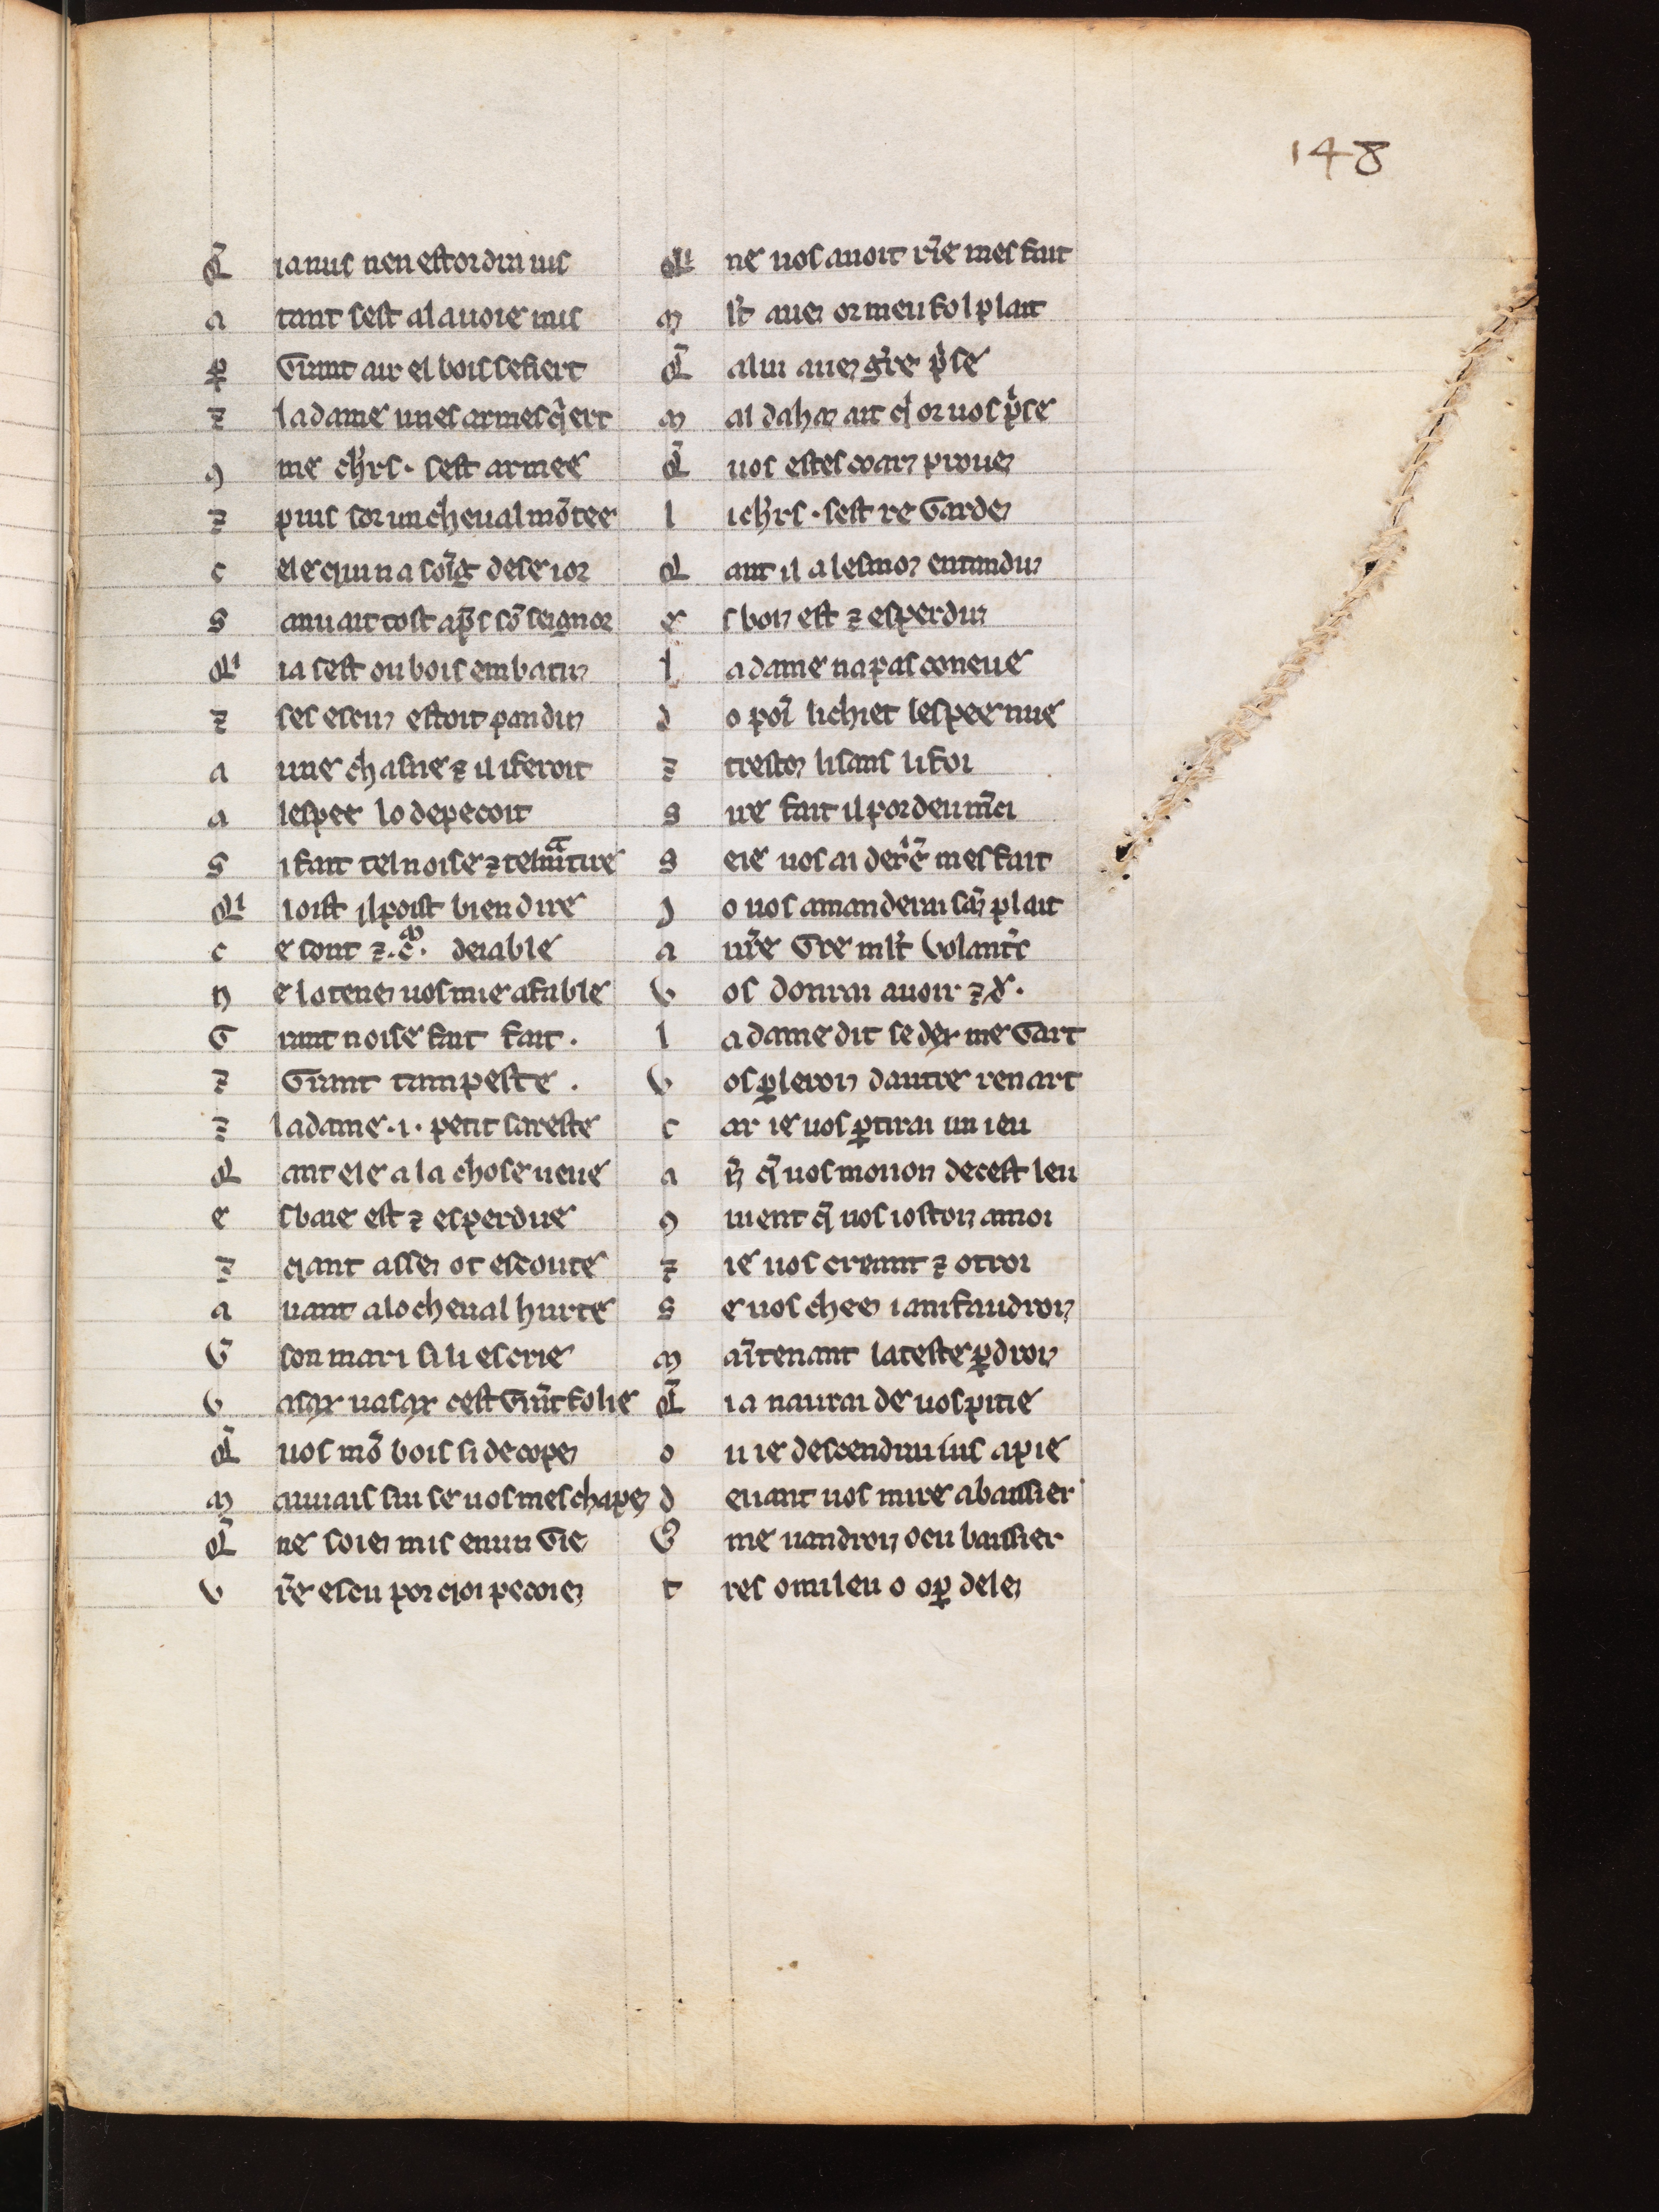
Shelfmark: Bern, Burgerbibliothek, 354
Century: 14